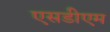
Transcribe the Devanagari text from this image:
एसडीएम